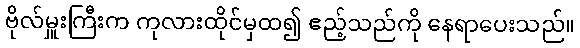
ဗိုလ်မှူးကြီးက ကုလားထိုင်မှထ၍ ဧည့်သည်ကို နေရာပေးသည်။